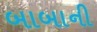
બાબાની